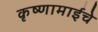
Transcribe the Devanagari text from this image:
कृष्णामाईचे